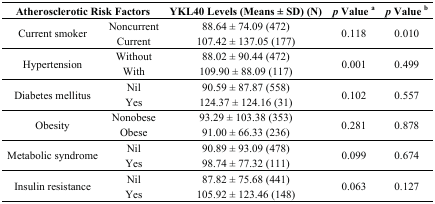
<table><thead><tr><td colspan="2"><b>Atherosclerotic Risk Factors</b></td><td><b>YKL40 Levels (Means ± SD) (N)</b></td><td><b><i>p</i> Value <sup>a</sup></b></td><td><b><i>p</i> Value <sup>b</sup></b></td></tr></thead><tbody><tr><td rowspan="2">Current smoker</td><td>Noncurrent</td><td>88.64 ± 74.09 (472)</td><td rowspan="2">0.118</td><td rowspan="2">0.010</td></tr><tr><td>Current</td><td>107.42 ± 137.05 (177)</td></tr><tr><td rowspan="2">Hypertension</td><td>Without</td><td>88.02 ± 90.44 (472)</td><td rowspan="2">0.001</td><td rowspan="2">0.499</td></tr><tr><td>With</td><td>109.90 ± 88.09 (117)</td></tr><tr><td rowspan="2">Diabetes mellitus</td><td>Nil</td><td>90.59 ± 87.87 (558)</td><td rowspan="2">0.102</td><td rowspan="2">0.557</td></tr><tr><td>Yes</td><td>124.37 ± 124.16 (31)</td></tr><tr><td rowspan="2">Obesity</td><td>Nonobese</td><td>93.29 ± 103.38 (353)</td><td rowspan="2">0.281</td><td rowspan="2">0.878</td></tr><tr><td>Obese</td><td>91.00 ± 66.33 (236)</td></tr><tr><td rowspan="2">Metabolic syndrome</td><td>Nil</td><td>90.89 ± 93.09 (478)</td><td rowspan="2">0.099</td><td rowspan="2">0.674</td></tr><tr><td>Yes</td><td>98.74 ± 77.32 (111)</td></tr><tr><td rowspan="2">Insulin resistance</td><td>Nil</td><td>87.82 ± 75.68 (441)</td><td rowspan="2">0.063</td><td rowspan="2">0.127</td></tr><tr><td>Yes</td><td>105.92 ± 123.46 (148)</td></tr></tbody></table>